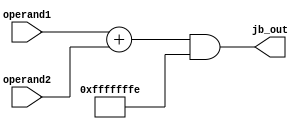
module JB_Unit (operand1,operand2,jb_out);
    input [31:0] operand1;  //rs1 or pc
    input [31:0] operand2;  //immm
    output reg [31:0] jb_out;

    always @(*) 
    begin
        jb_out=(operand1+operand2)&(~32'd1);      
    end



endmodule